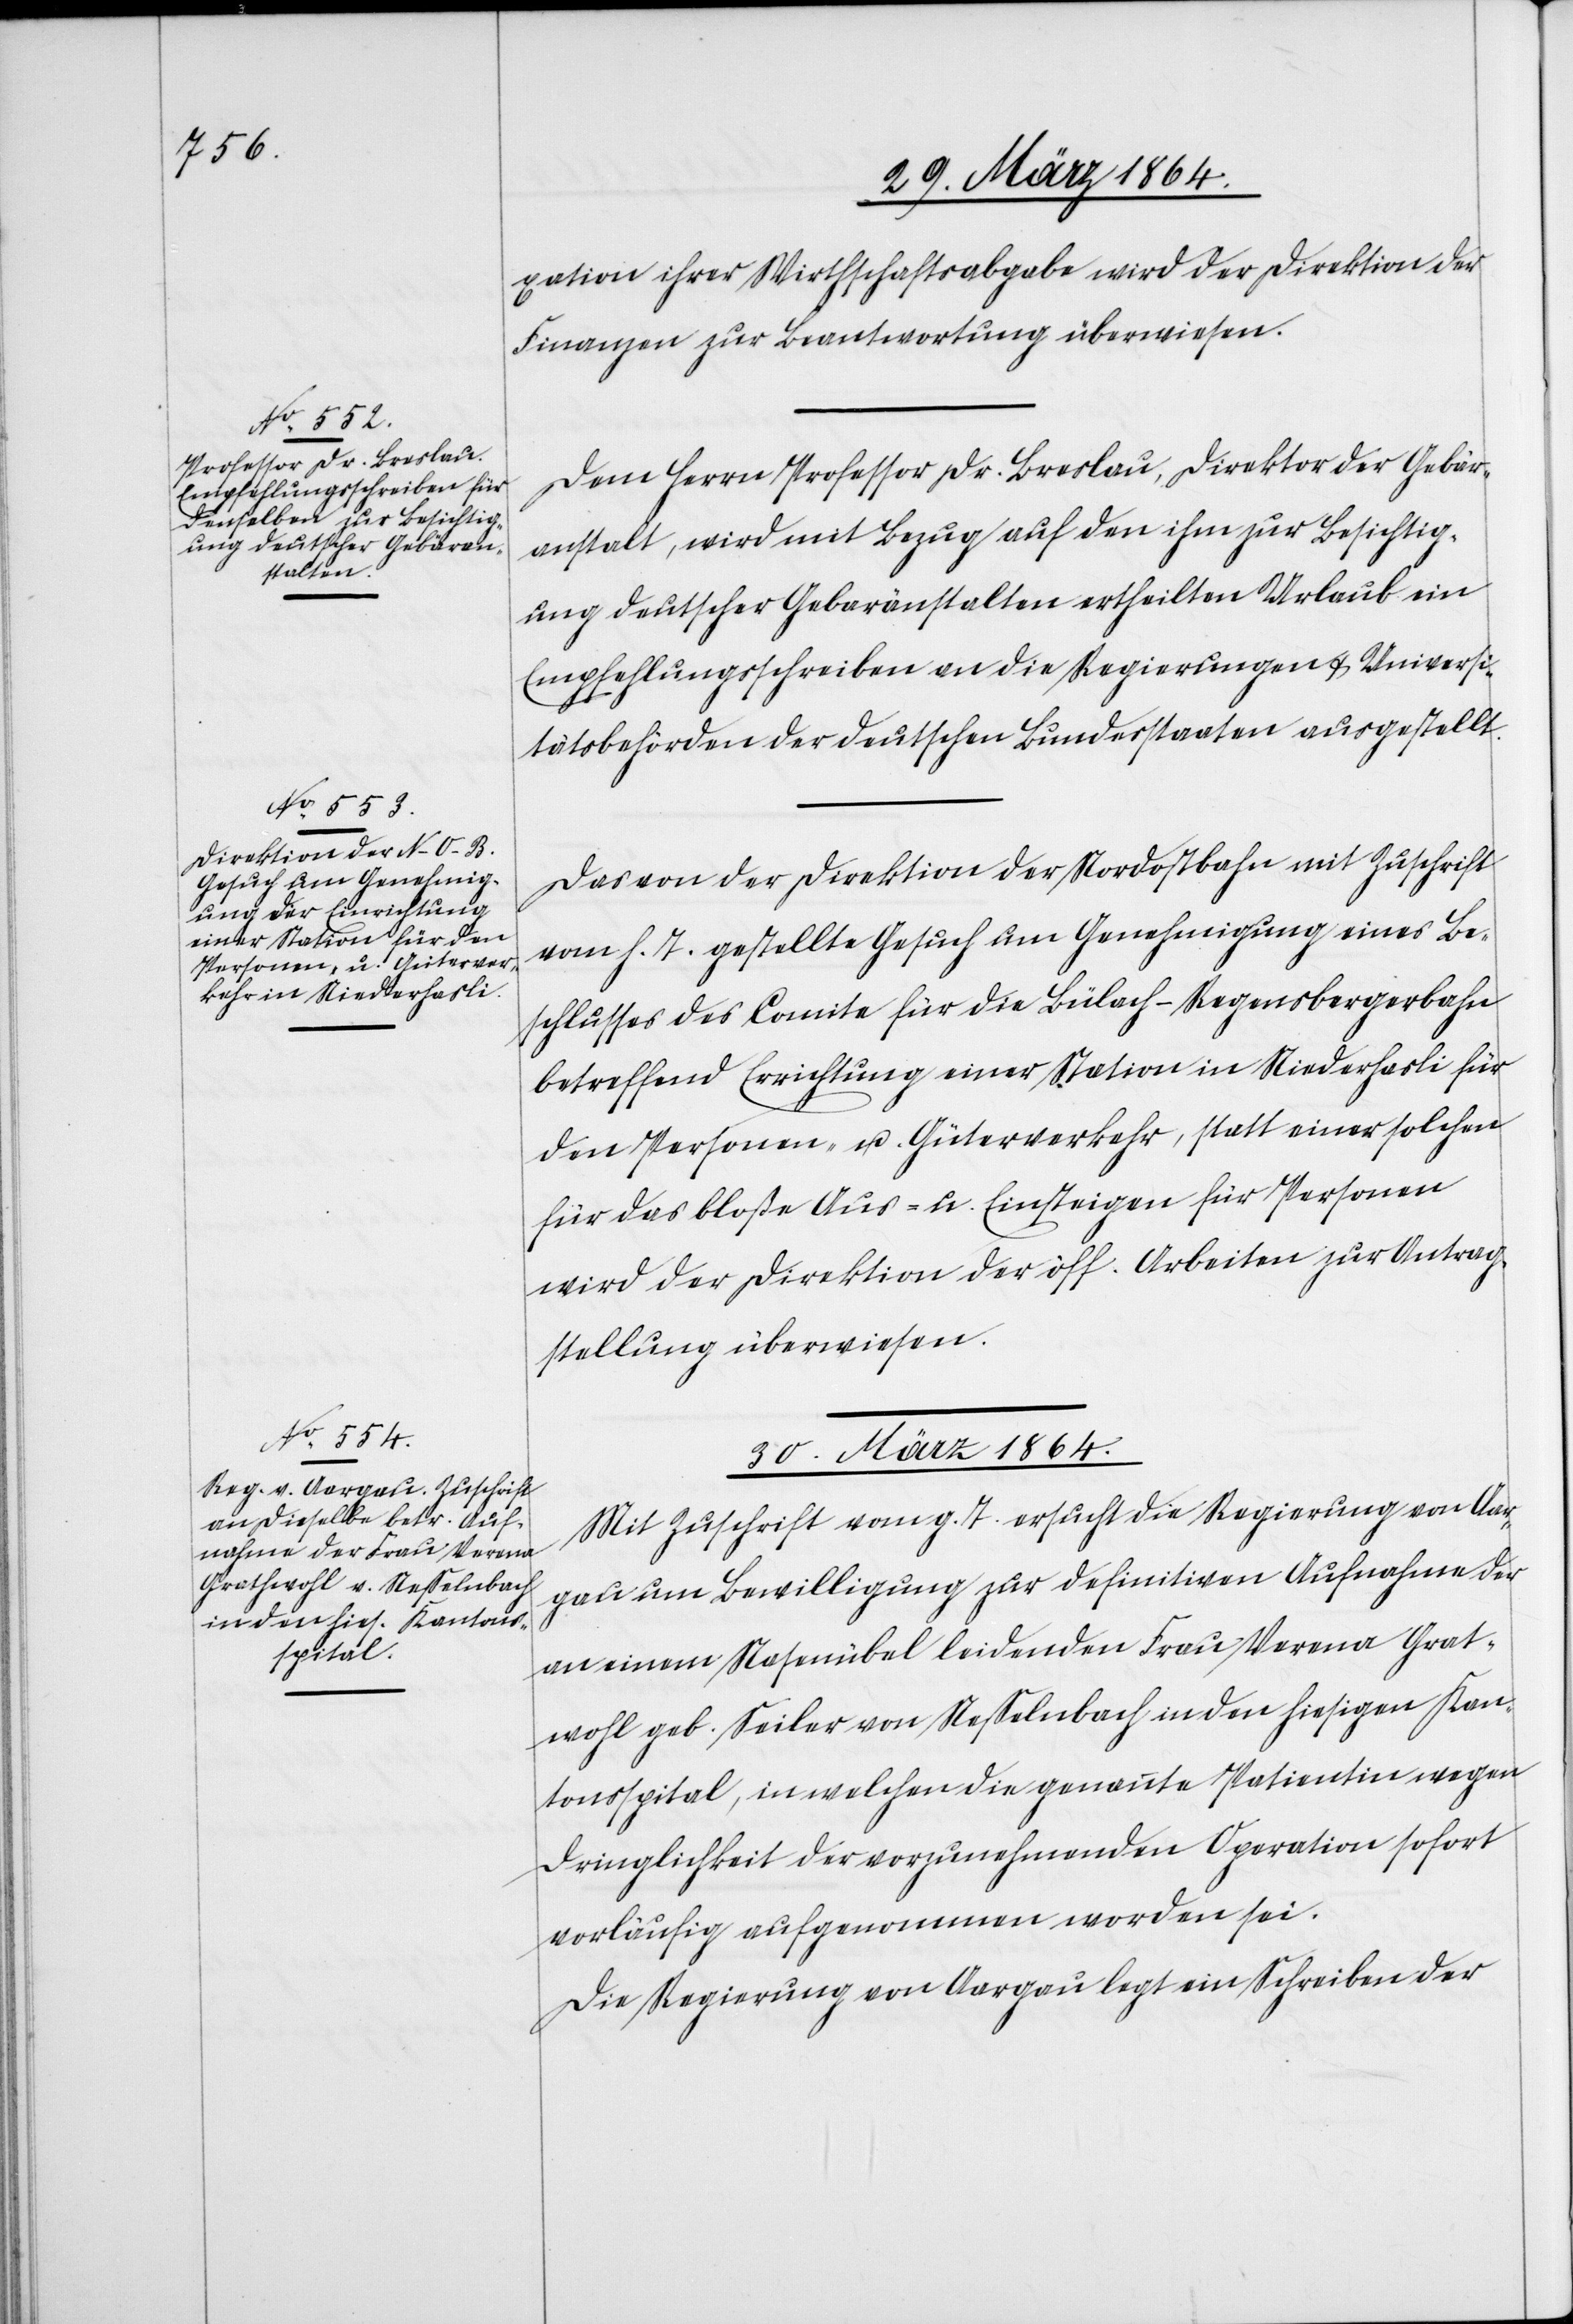
29. März 1864.]
xation ihrer Wirthschaftsabgabe wird der Direktion der
Finanzen zur Beantwortung überwiesen.
Dem Herrn Professor Dr. Breslau, Direktor der Gebär¬
anstalt, wird mit Bezug auf den ihm zur Besichtig¬
ung deutscher Gebäranstalten ertheilten Urlaub ein
Empfehlungsschreiben an die Regierungen u. Universi¬
tätsbehörden der deutschen Bundesstaaten ausgestellt.
Das von der Direktion der Nordostbahn mit Zuschrift
vom h. T. gestellte Gesuch um Genehmigung eines Be¬
schlusses des Comite für die Bülach–Regensbergerbahn
betreffend Errichtung einer Station in Niederhasli für
den Personen- u. Güterverkehr, statt einer solchen
für das bloße Aus- u. Einsteigen für Personen
wird der Direktion der öff. Arbeiten zur Antrag¬
stellung überwiesen.
30. März 1864.
Mit Zuschrift vom g. T. ersucht die Regierung von Aar¬
gau um Bewilligung zur definitiven Aufnahme der
an einem Nasenübel leidenden Frau Verena Grat¬
wohl geb. Seiler von Nesselnbach in den hiesigen Kan¬
tonsspital, in welchen die genannte Patientin wegen
Dringlichkeit der vorzunehmenden Operation sofort
vorläufig aufgenommen worden sei.
Die Regierung von Aargau legt ein Schreiben der